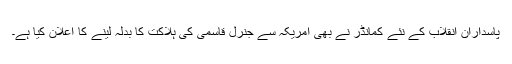
پاسدارانِ انقلاب کے نئے کمانڈر نے بھی امریکہ سے جنرل قاسمی کی ہلاکت کا بدلہ لینے کا اعلان کیا ہے۔